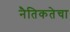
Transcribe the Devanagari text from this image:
नैतिकतेचा